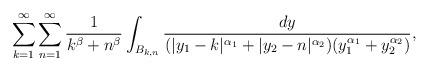
LaTeX: \begin{align*}\sum_{k=1}^{\infty}\sum_{n=1}^{\infty}\frac{1}{k^{\beta}+n^{\beta}}\int_{B_{k,n}}\frac{dy}{(|y_1-k|^{\alpha_1}+|y_2-n|^{\alpha_2})(y_1^{\alpha_1}+y_2^{\alpha_2})},\end{align*}